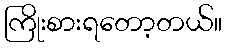
ကြိုးစားရတော့တယ်။